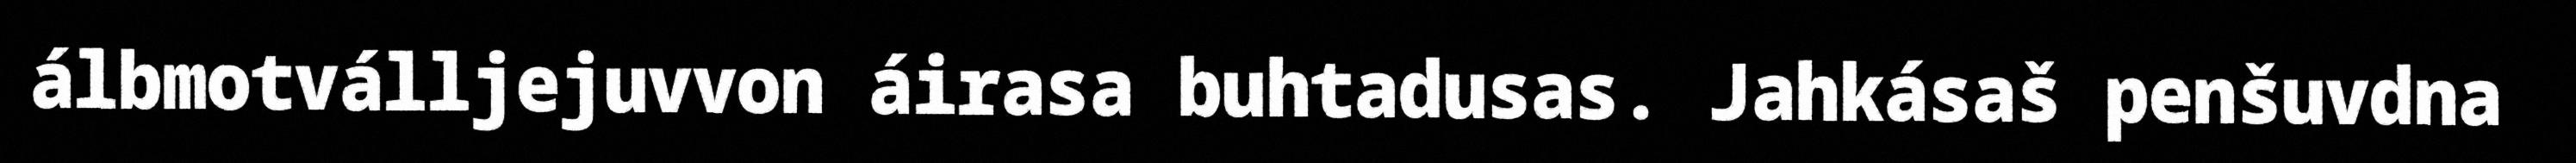
álbmotválljejuvvon áirasa buhtadusas. Jahkásaš penšuvdna